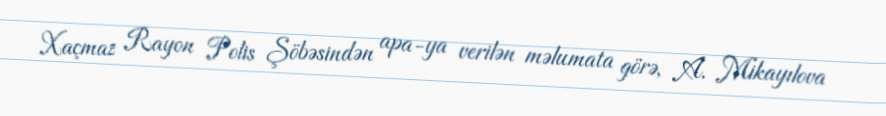
Xaçmaz Rayon Polis Şöbəsindən apa-ya verilən məlumata görə, A. Mikayılova